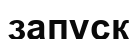
запуск